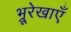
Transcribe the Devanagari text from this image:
भ्रूरेखाएँ